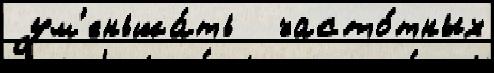
ум'еньша́ть   часто́тных